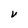
Character: V